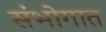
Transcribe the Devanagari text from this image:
संभोगात